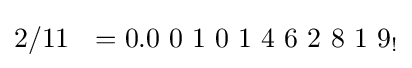
2/11\ \ =0.0\ 0\ 1\ 0\ 1\ 4\ 6\ 2\ 8\ 1\ 9_{!}